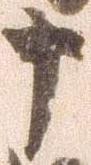
十